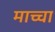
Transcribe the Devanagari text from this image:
माच्चा